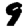
Digit: 9